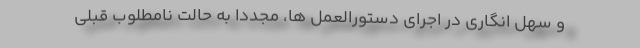
و سهل انگاری در اجرای دستورالعمل ها، مجدداً به حالت نامطلوب قبلی